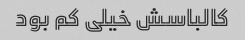
کالباسش خیلی کم بود